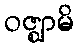
ဝဇ္ဈာမိ